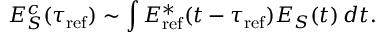
E _ { S } ^ { c } ( \tau _ { \mathrm { r e f } } ) \sim \int E _ { \mathrm { r e f } } ^ { * } ( t - \tau _ { \mathrm { r e f } } ) E _ { S } ( t ) \, d t .